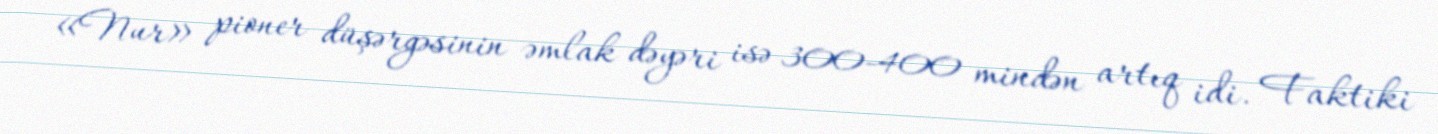
«Nur» pioner düşərgəsinin əmlak dəyəri isə 300-400 mindən artıq idi. Faktiki